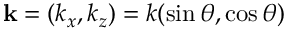
\mathbf { k } = \left( k _ { x } , k _ { z } \right) = k ( \sin \theta , \cos \theta )